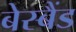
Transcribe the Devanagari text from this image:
बेस्बैंड